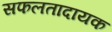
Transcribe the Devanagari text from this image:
सफलतादायक